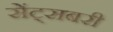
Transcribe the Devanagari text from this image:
सेंट्सबरी